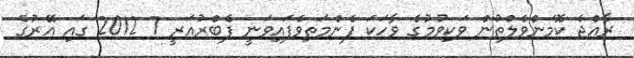
ރާއްޖެ ކޮމަންވެލްތުން ވަކިވުމުގެ ވާހަކަ ފެންމަތިވެފައިވަނީ ފެބްރުއަރީ 7 2012 ގައި އޭރުގެ